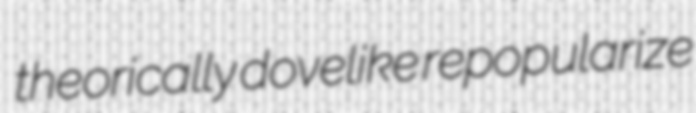
theorically dovelike repopularize